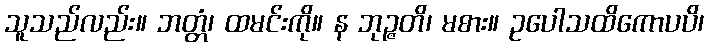
သူသည်လည်း။ ဘတ္တံ၊ ထမင်းကို။ န ဘုဉ္ဇတိ၊ မစား။ ဥပေါသထိကောပပိ၊